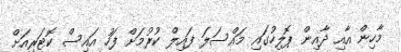
މާހިން އާއި ދާއިން ޕޮލިހުގައި މައްސަލަ ފައިލް ކުރުމަށް ފަހު އައިސް ކޮޓަރިއަށް